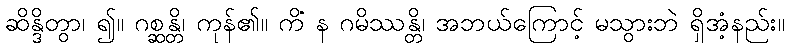
ဆိန္ဒိတွာ၊ ၍။ ဂစ္ဆန္တိ၊ ကုန်၏။ ကိံ န ဂမိဿန္တိ၊ အဘယ်ကြောင့် မသွားဘဲ ရှိအံ့နည်း။